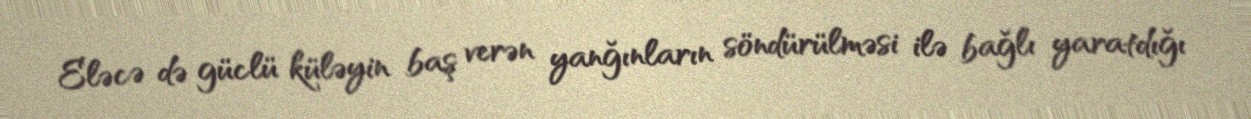
Eləcə də güclü küləyin baş verən yanğınların söndürülməsi ilə bağlı yaratdığı